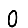
Digit: 0